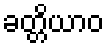
ခတ္တိယာဝ